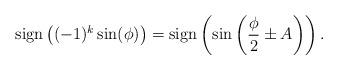
LaTeX: \begin{align*}\textrm{sign}\left((-1)^k\sin(\phi)\right)=\textrm{sign}\left(\sin\left(\frac{\phi}{2}\pm A\right)\right).\end{align*}